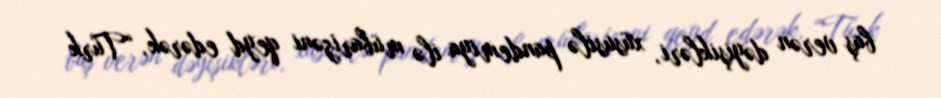
baş verən dəyişikləri, xüsusilə pandemiya ilə mübarizəni qeyd edərək, “Türk